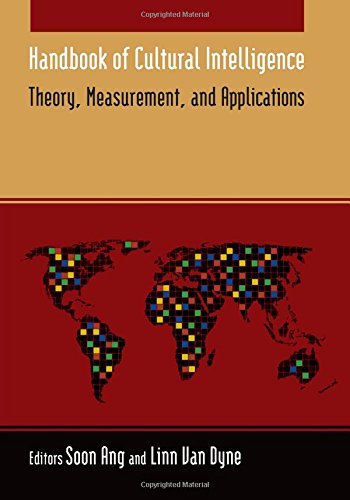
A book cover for Handbook of Cultural Intelligence: Theory Measurement and Application; Medical Books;